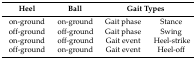
<table><thead><tr><td><b>Heel</b></td><td><b>Ball</b></td><td colspan="2"><b>Gait Types</b></td></tr></thead><tbody><tr><td>on-ground</td><td>on-ground</td><td>Gait phase</td><td>Stance</td></tr><tr><td>off-ground</td><td>off-ground</td><td>Gait phase</td><td>Swing</td></tr><tr><td>on-ground</td><td>off-ground</td><td>Gait event</td><td>Heel-strike</td></tr><tr><td>off-ground</td><td>on-ground</td><td>Gait event</td><td>Heel-off</td></tr></tbody></table>